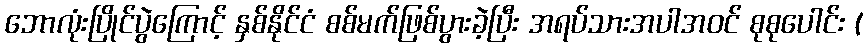
ဘောလုံးပြိုင်ပွဲကြောင့် နှစ်နိုင်ငံ စစ်မက်ဖြစ်ပွားခဲ့ပြီး အရပ်သားအပါအဝင် စုစုပေါင်း (